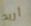
أريد